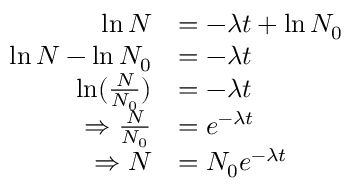
\begin{array} { r l } { \ln { N } } & { = - \lambda t + \ln { N _ { 0 } } } \\ { \ln { N } - \ln { N _ { 0 } } } & { = - \lambda t } \\ { \ln ( { \frac { N } { N _ { 0 } } } ) } & { = - \lambda t } \\ { \Rightarrow \frac { N } { N _ { 0 } } } & { = e ^ { - \lambda t } } \\ { \Rightarrow N } & { = N _ { 0 } e ^ { - \lambda t } } \end{array}